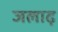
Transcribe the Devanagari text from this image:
जलाढ़